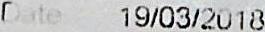
DATE